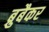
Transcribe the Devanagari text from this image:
ब्रुबैकर